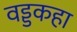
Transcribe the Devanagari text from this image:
वड्डकहा